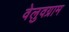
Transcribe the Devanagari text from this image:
वेलुवग्राम